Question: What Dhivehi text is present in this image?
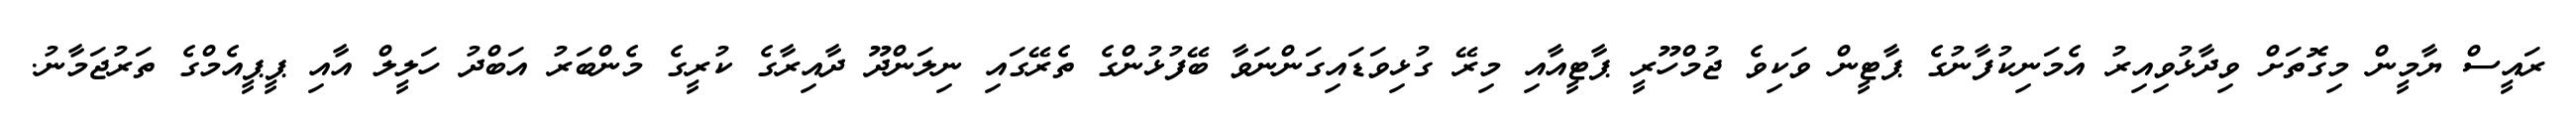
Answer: ރައީސް ޔާމީން މިގޮތަށް ވިދާޅުވިއިރު އެމަނިކުފާނުގެ ޕާޓީން ވަކިވެ ޖުމްހޫރީ ޕާޓީއާއި މިރޭ ގުޅިވަޑައިގަންނަވާ ބޭފުޅުންގެ ތެރޭގައި ނިލަންދޫ ދާއިރާގެ ކުރީގެ މެންބަރު އަބްދު ހަލީލް އާއި ޕީޕީއެމްގެ ތަރުޖަމާނު.